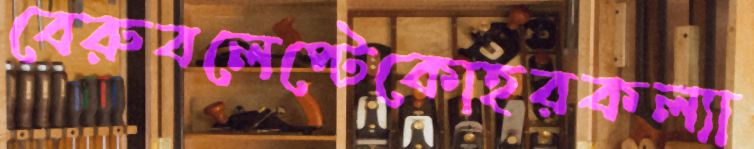
বেরুবলেপ্‌টেকোহরকল্যা